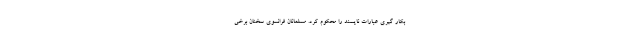
بکار گیری عبارات ناپسند را محکوم کرد. مسلمانان فرانسوی سخنان برخی